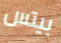
بيتس